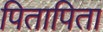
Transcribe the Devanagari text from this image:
पितापिता